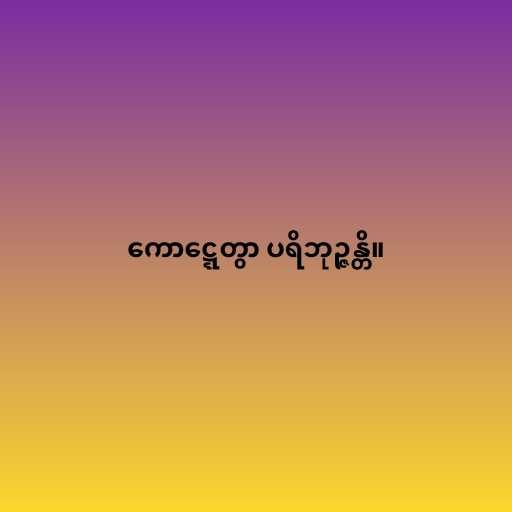
ကောဋ္ဋေတွာ ပရိဘုဉ္ဇန္တိ။